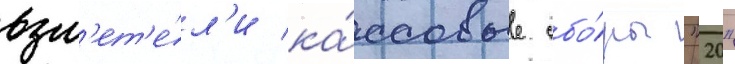
взл'ет'е́л'и ка́ссовые сбо́ры "20"